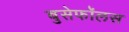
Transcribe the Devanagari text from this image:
बुसेफॉलस